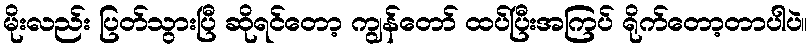
မိုးလည်း ပြတ်သွားပြီ ဆိုရင်တော့ ကျွန်တော် ထပ်ပြီးအကြပ် ရိုက်တော့တာပါပဲ။